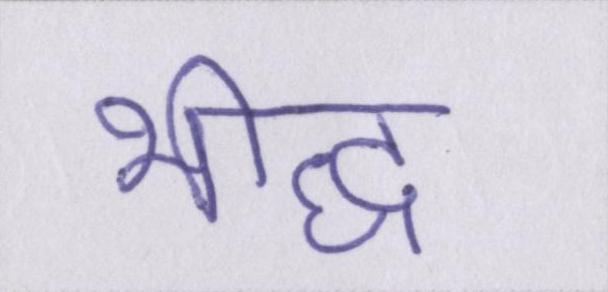
भीद्ध